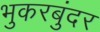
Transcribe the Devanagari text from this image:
भुकरबुंदर